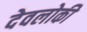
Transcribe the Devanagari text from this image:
देवलोकी